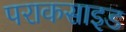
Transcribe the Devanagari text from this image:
पराकसाइड